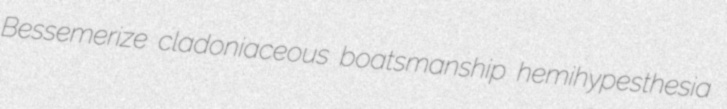
Bessemerize cladoniaceous boatsmanship hemihypesthesia